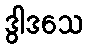
ဒွါဒသေ